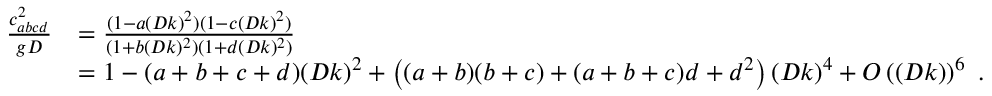
\begin{array} { r l } { \frac { c _ { a b c d } ^ { 2 } } { g D } } & { = \frac { ( 1 - a ( D k ) ^ { 2 } ) ( 1 - c ( D k ) ^ { 2 } ) } { ( 1 + b ( D k ) ^ { 2 } ) ( 1 + d ( D k ) ^ { 2 } ) } } \\ & { = 1 - ( a + b + c + d ) ( D k ) ^ { 2 } + \left( ( a + b ) ( b + c ) + ( a + b + c ) d + d ^ { 2 } \right) ( D k ) ^ { 4 } + O \left( ( D k ) \right) ^ { 6 } \ . } \end{array}